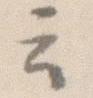
云